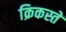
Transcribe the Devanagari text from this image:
क्रिकस्तें